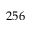
2 5 6